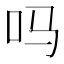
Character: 吗